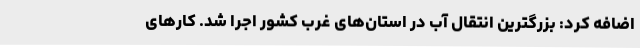
اضافه کرد: بزرگترین انتقال آب در استان‌های غرب کشور اجرا شد. کارهای